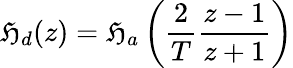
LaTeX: \mathfrak{H}_{d}(z)=\mathfrak{H}_{a}\left({\frac{{2}}{{T}}}{\frac{{z-1}}{{z+1}}}\right)